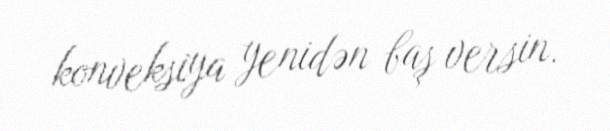
konveksiya yenidən baş versin.